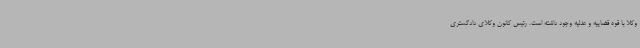
وکلا با قوه قضاییه و عدلیه وجود داشته است. رئیس کانون وکلای دادگستری